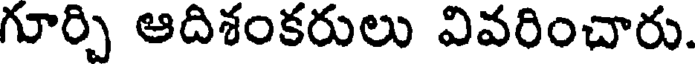
గూర్చి ఆదిశంకరులు వివరించారు.